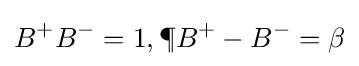
B^{+}B^{-}=1,\P B^{+}-B^{-}=\beta